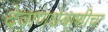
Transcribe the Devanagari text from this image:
देवाणघेवाणीचा